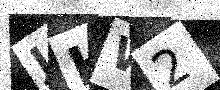
Text: JHW2